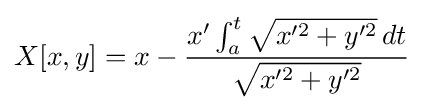
X[x,y]=x-{\frac {x'\int _{a}^{t}{\sqrt {x'^{2}+y'^{2}}}\,dt}{\sqrt {x'^{2}+y'^{2}}}}